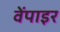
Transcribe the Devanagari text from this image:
वेंपाइर